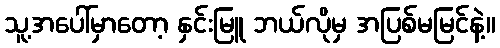
သူ့အပေါ်မှာတော့ နှင်းမြူ ဘယ်လိုမှ အပြစ်မမြင်နဲ့။